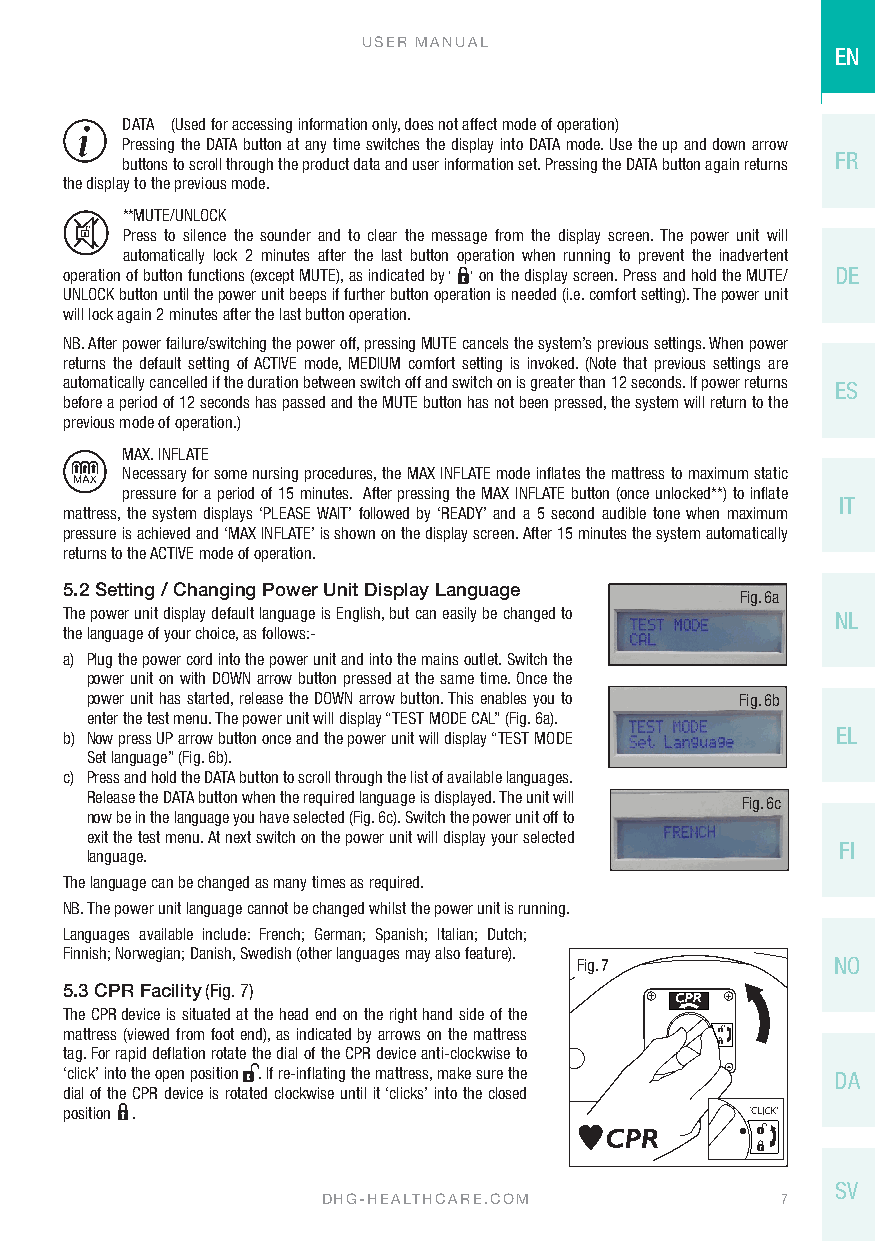
USER MANUAL
 EN
 DATA (Used for accessing information only, does not affect mode of operation)
 Pressing the DATA button at any time switches the display into DATA mode. Use the up and down arrow
 buttons to scroll through the product data and user information set. Pressing the DATA button again returns FR
 the display to the previous mode.
 **MUTE/UNLOCK
 Press to silence the sounder and to clear the message from the display screen. The power unit will
 automatically lock 2 minutes after the last button operation when running to prevent the inadvertent
 operation of button functions (except MUTE), as indicated by ‘ ‘ on the display screen. Press and hold the MUTE/ DE
 UNLOCK button until the power unit beeps if further button operation is needed (i.e. comfort setting). The power unit
 will lock again 2 minutes after the last button operation.
 NB. After power failure/switching the power off, pressing MUTE cancels the system’s previous settings. When power
 returns the default setting of ACTIVE mode, MEDIUM comfort setting is invoked. (Note that previous settings are
 automatically cancelled if the duration between switch off and switch on is greater than 12 seconds. If power returns ES
 before a period of 12 seconds has passed and the MUTE button has not been pressed, the system will return to the
 previous mode of operation.)
 MAX. INFLATE
 Necessary for some nursing procedures, the MAX INFLATE mode inflates the mattress to maximum static
 pressure for a period of 15 minutes. After pressing the MAX INFLATE button (once unlocked**) to inflate
 IT
 mattress, the system displays ‘PLEASE WAIT’ followed by ‘READY’ and a 5 second audible tone when maximum
 pressure is achieved and ‘MAX INFLATE’ is shown on the display screen. After 15 minutes the system automatically
 returns to the ACTIVE mode of operation.
 5.2 Setting / Changing Power Unit Display Language
 Fig. 6a
 The power unit display default language is English, but can easily be changed to NL
 the language of your choice, as follows:-
 a) Plug the power cord into the power unit and into the mains outlet. Switch the
 power unit on with DOWN arrow button pressed at the same time. Once the
 power unit has started, release the DOWN arrow button. This enables you to Fig. 6b
 enter the test menu. The power unit will display “TEST MODE CAL” (Fig. 6a).
 b) Now press UP arrow button once and the power unit will display “TEST MODE EL
 Set language” (Fig. 6b).
 c) Press and hold the DATA button to scroll through the list of available languages.
 Release the DATA button when the required language is displayed. The unit will Fig. 6c
 now be in the language you have selected (Fig. 6c). Switch the power unit off to
 exit the test menu. At next switch on the power unit will display your selected
 FI
 language.
 The language can be changed as many times as required.
 NB. The power unit language cannot be changed whilst the power unit is running.
 Languages available include: French; German; Spanish; Italian; Dutch;
 Finnish; Norwegian; Danish, Swedish (other languages may also feature).
 Fig. 7           NO
 5.3 CPR Facility (Fig. 7)
 The CPR device is situated at the head end on the right hand side of the
 mattress (viewed from foot end), as indicated by arrows on the mattress
 tag. For rapid deflation rotate the dial of the CPR device anti-clockwise to
 ‘click’ into the open position . If re-inflating the mattress, make sure the DA
 dial of the CPR device is rotated clockwise until it ‘clicks’ into the closed
 position .
 SV
 DHG-HEALTHCARE.COM             7